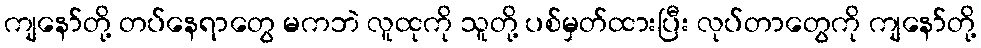
ကျနော်တို့ တပ်နေရာတွေ မကဘဲ လူထုကို သူတို့ ပစ်မှတ်ထားပြီး လုပ်တာတွေကို ကျနော်တို့